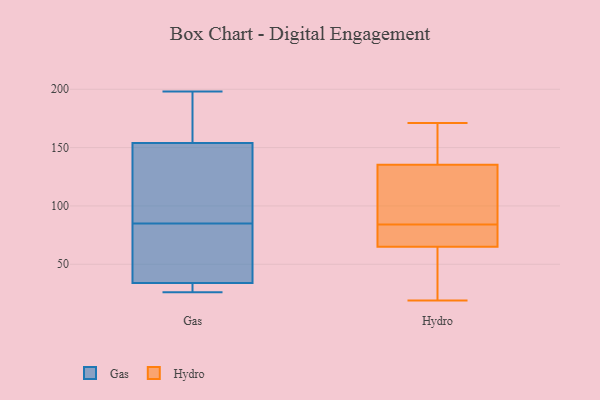
{"axis": {"x": "Shipments", "y": "Value"}, "legend": ["Gas", "Hydro"], "data": [{"x": "", "y": 27, "type": "Gas"}, {"x": "", "y": 197, "type": "Gas"}, {"x": "", "y": 198, "type": "Gas"}, {"x": "", "y": 142, "type": "Gas"}, {"x": "", "y": 58, "type": "Gas"}, {"x": "", "y": 29, "type": "Gas"}, {"x": "", "y": 55, "type": "Gas"}, {"x": "", "y": 112, "type": "Gas"}, {"x": "", "y": 162, "type": "Gas"}, {"x": "", "y": 154, "type": "Gas"}, {"x": "", "y": 49, "type": "Gas"}, {"x": "", "y": 26, "type": "Gas"}, {"x": "", "y": 34, "type": "Gas"}, {"x": "", "y": 150, "type": "Gas"}, {"x": "", "y": 60, "type": "Hydro"}, {"x": "", "y": 149, "type": "Hydro"}, {"x": "", "y": 92, "type": "Hydro"}, {"x": "", "y": 80, "type": "Hydro"}, {"x": "", "y": 84, "type": "Hydro"}, {"x": "", "y": 158, "type": "Hydro"}, {"x": "", "y": 19, "type": "Hydro"}, {"x": "", "y": 171, "type": "Hydro"}, {"x": "", "y": 94, "type": "Hydro"}, {"x": "", "y": 46, "type": "Hydro"}, {"x": "", "y": 80, "type": "Hydro"}]}